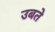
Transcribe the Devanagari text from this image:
उबते